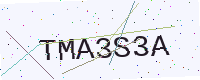
Text: TMA3S3A